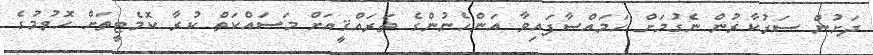
ދަށުން ސަރުކާރުން ނެގުމަށް ހަމައްސާފައިވާ އަންހެނުންގެ ތަރައްޤީއަށް މަސައްކަތް ކުރާ ކޮމެޓީތަށް ހޮވުމުގެ